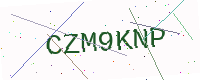
Text: CZM9KNP